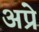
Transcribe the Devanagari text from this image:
अप्रे